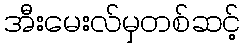
အီးမေးလ်မှတစ်ဆင့်